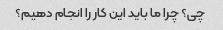
چی؟ چرا ما باید این کار را انجام دهیم؟